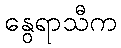
နွေရာသီက